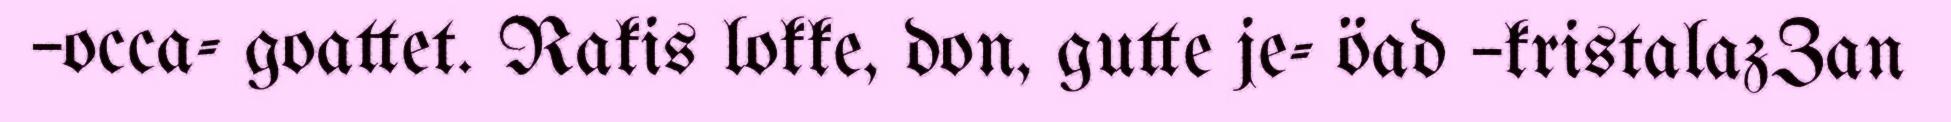
–occa- goattet. Rakis lokke, don, gutte je- öad –kristalazZan